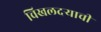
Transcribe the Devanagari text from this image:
चिखलदर्‍याची